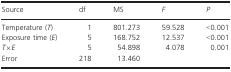
<table><thead><tr><td><b>Source</b></td><td><b>df</b></td><td><b>MS</b></td><td><b><i>F</i></b></td><td><b><i>P</i></b></td></tr></thead><tbody><tr><td>Temperature (<i>T</i>)</td><td>1</td><td>801.273</td><td>59.528</td><td>&lt;0.001</td></tr><tr><td>Exposure time (<i>E</i>)</td><td>5</td><td>168.752</td><td>12.537</td><td>&lt;0.001</td></tr><tr><td><i>T</i>×<i>E</i></td><td>5</td><td>54.898</td><td>4.078</td><td>0.001</td></tr><tr><td>Error</td><td>218</td><td>13.460</td><td></td><td></td></tr></tbody></table>